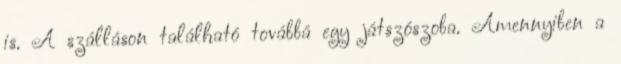
is. A szálláson található továbbá egy játszószoba. Amennyiben a